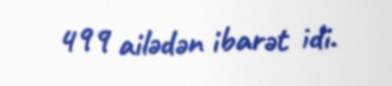
499 ailədən ibarət idi.